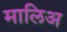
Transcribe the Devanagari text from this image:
मालिअ